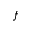
f